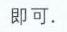
即可.